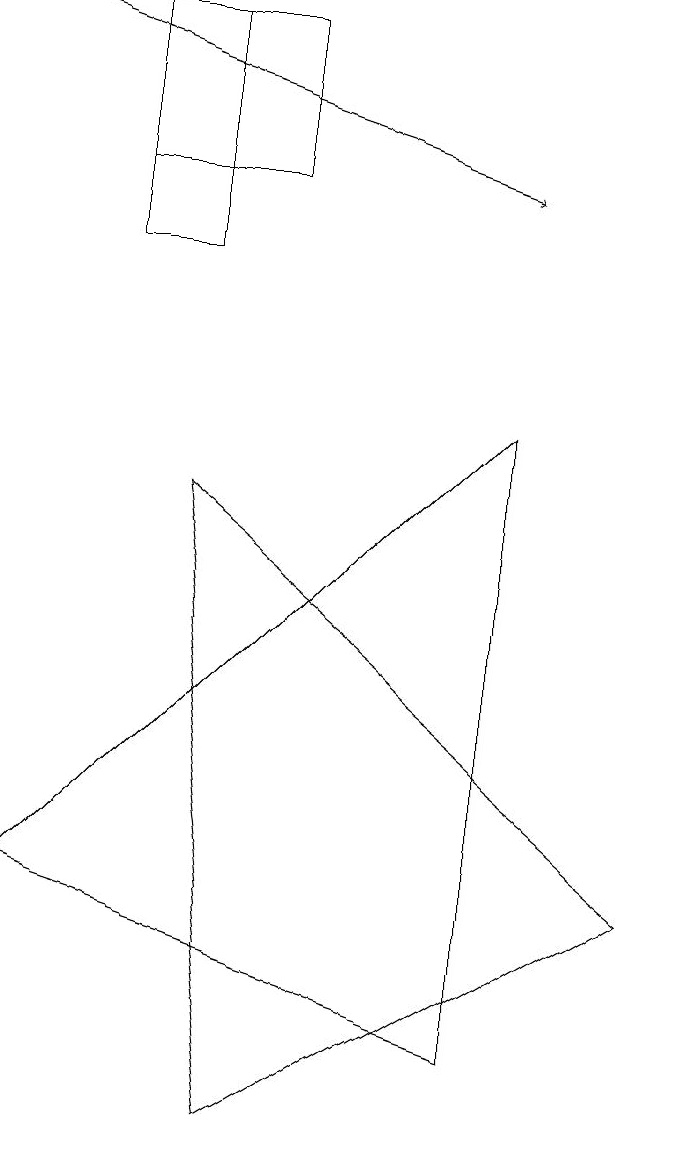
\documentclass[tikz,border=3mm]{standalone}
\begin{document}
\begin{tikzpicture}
\draw (3,12) rectangle (1,14);
\draw (2,11) rectangle (1,14);
\draw (6,1) -- (0,3) -- (6,9) -- cycle;
\draw (3,0) -- (8,3) -- (2,8) -- cycle;
\draw[->] (0,14) -- (6,12);
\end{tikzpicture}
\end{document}